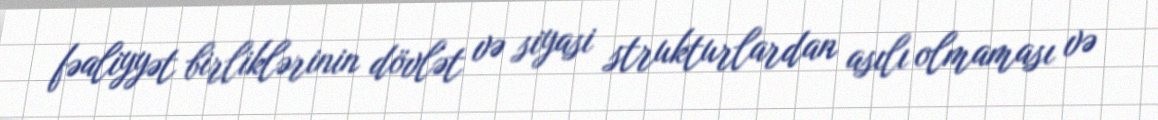
fəaliyyət birliklərinin dövlət və siyasi strukturlardan asılı olmaması və